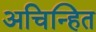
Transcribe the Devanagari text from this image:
अचिन्हित